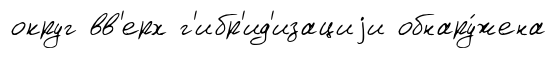
округ вв'ерх г'ибр'ид'изациjи обнару́жена